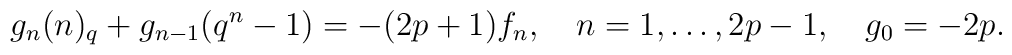
g_n(n)_q+g_{n-1}(q^n-1)=-(2p+1)f_n,\quad n=1,\ldots,2p-1,\quad g_0=-2p.